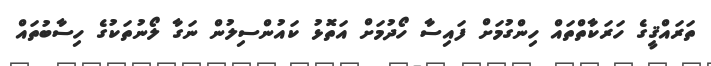
ތަރައްޤީގެ ހަރަކާތްތައް ހިންގުމަށް ފައިސާ ހޯދުމަށް އަތޮޅު ކައުންސިލުން ނަގާ ލޯނުތަކުގެ ހިސާބުތައް